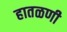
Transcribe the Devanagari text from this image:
हातळणी